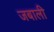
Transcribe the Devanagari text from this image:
जबाली